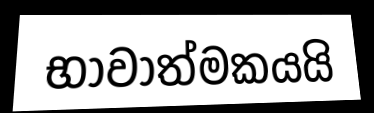
භාවාත්මකයයි